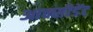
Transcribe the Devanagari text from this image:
आक्सीडेंट